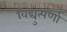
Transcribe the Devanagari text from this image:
विद्युत्पर्णा